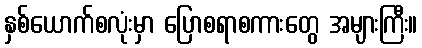
နှစ်ယောက်စလုံးမှာ ပြောစရာစကားတွေ အများကြီး။